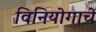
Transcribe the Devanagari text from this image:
विनियोगाचे